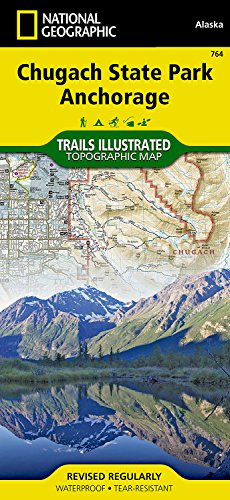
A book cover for Chugach State Park, Anchorage (National Geographic Trails Illustrated Map); National Geographic Maps - Trails Illustrated; Travel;